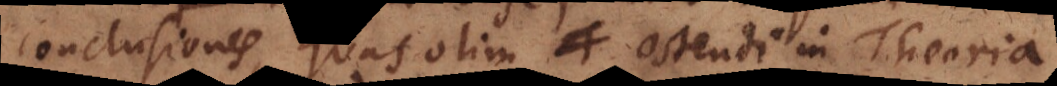
conclusiones, quas olim ostendi in Theoria